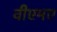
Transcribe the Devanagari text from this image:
वीएमए